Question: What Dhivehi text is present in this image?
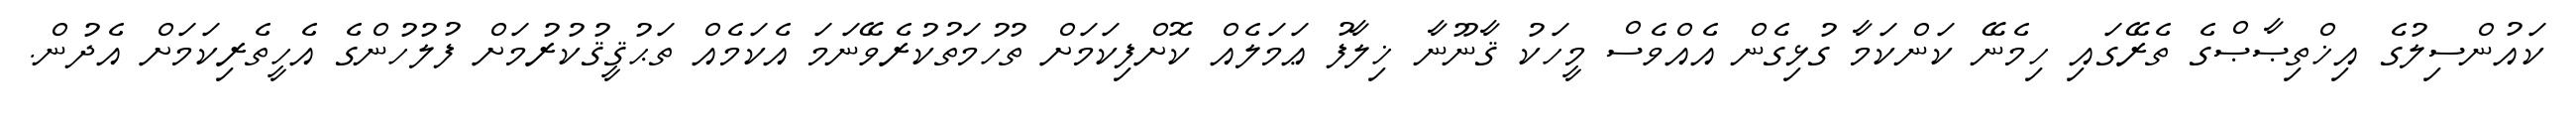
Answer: ކައުންސިލުގެ އިޚްތިޞާޞްގެ ތެރޭގައި ހިމެނޭ ކަންކަމާ ގުޅިގެން އެއްވެސް މީހަކު ޤާނޫނާ ޚިލާފު ޢަމަލެއް ކޮށްފިކަމަށް ތުހުމަތުކުރެވޭނަމަ އެކަމެއް ތަޙުޤީޤުކުރުމަށް ފުލުހުންގެ އެހީތެރިކަމަށް އެދުން.